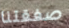
صفقتنا